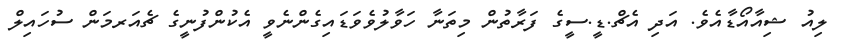
ލިއު ޝިއާއޯޑާއެވެ. އަދި އެޗް.ޑީ.ސީގެ ފަރާތުން މިތަނާ ހަވާލުވެވަޑައިގެންނެވީ އެކުންފުނީގެ ޗެއަރމަން ސުހައިލް